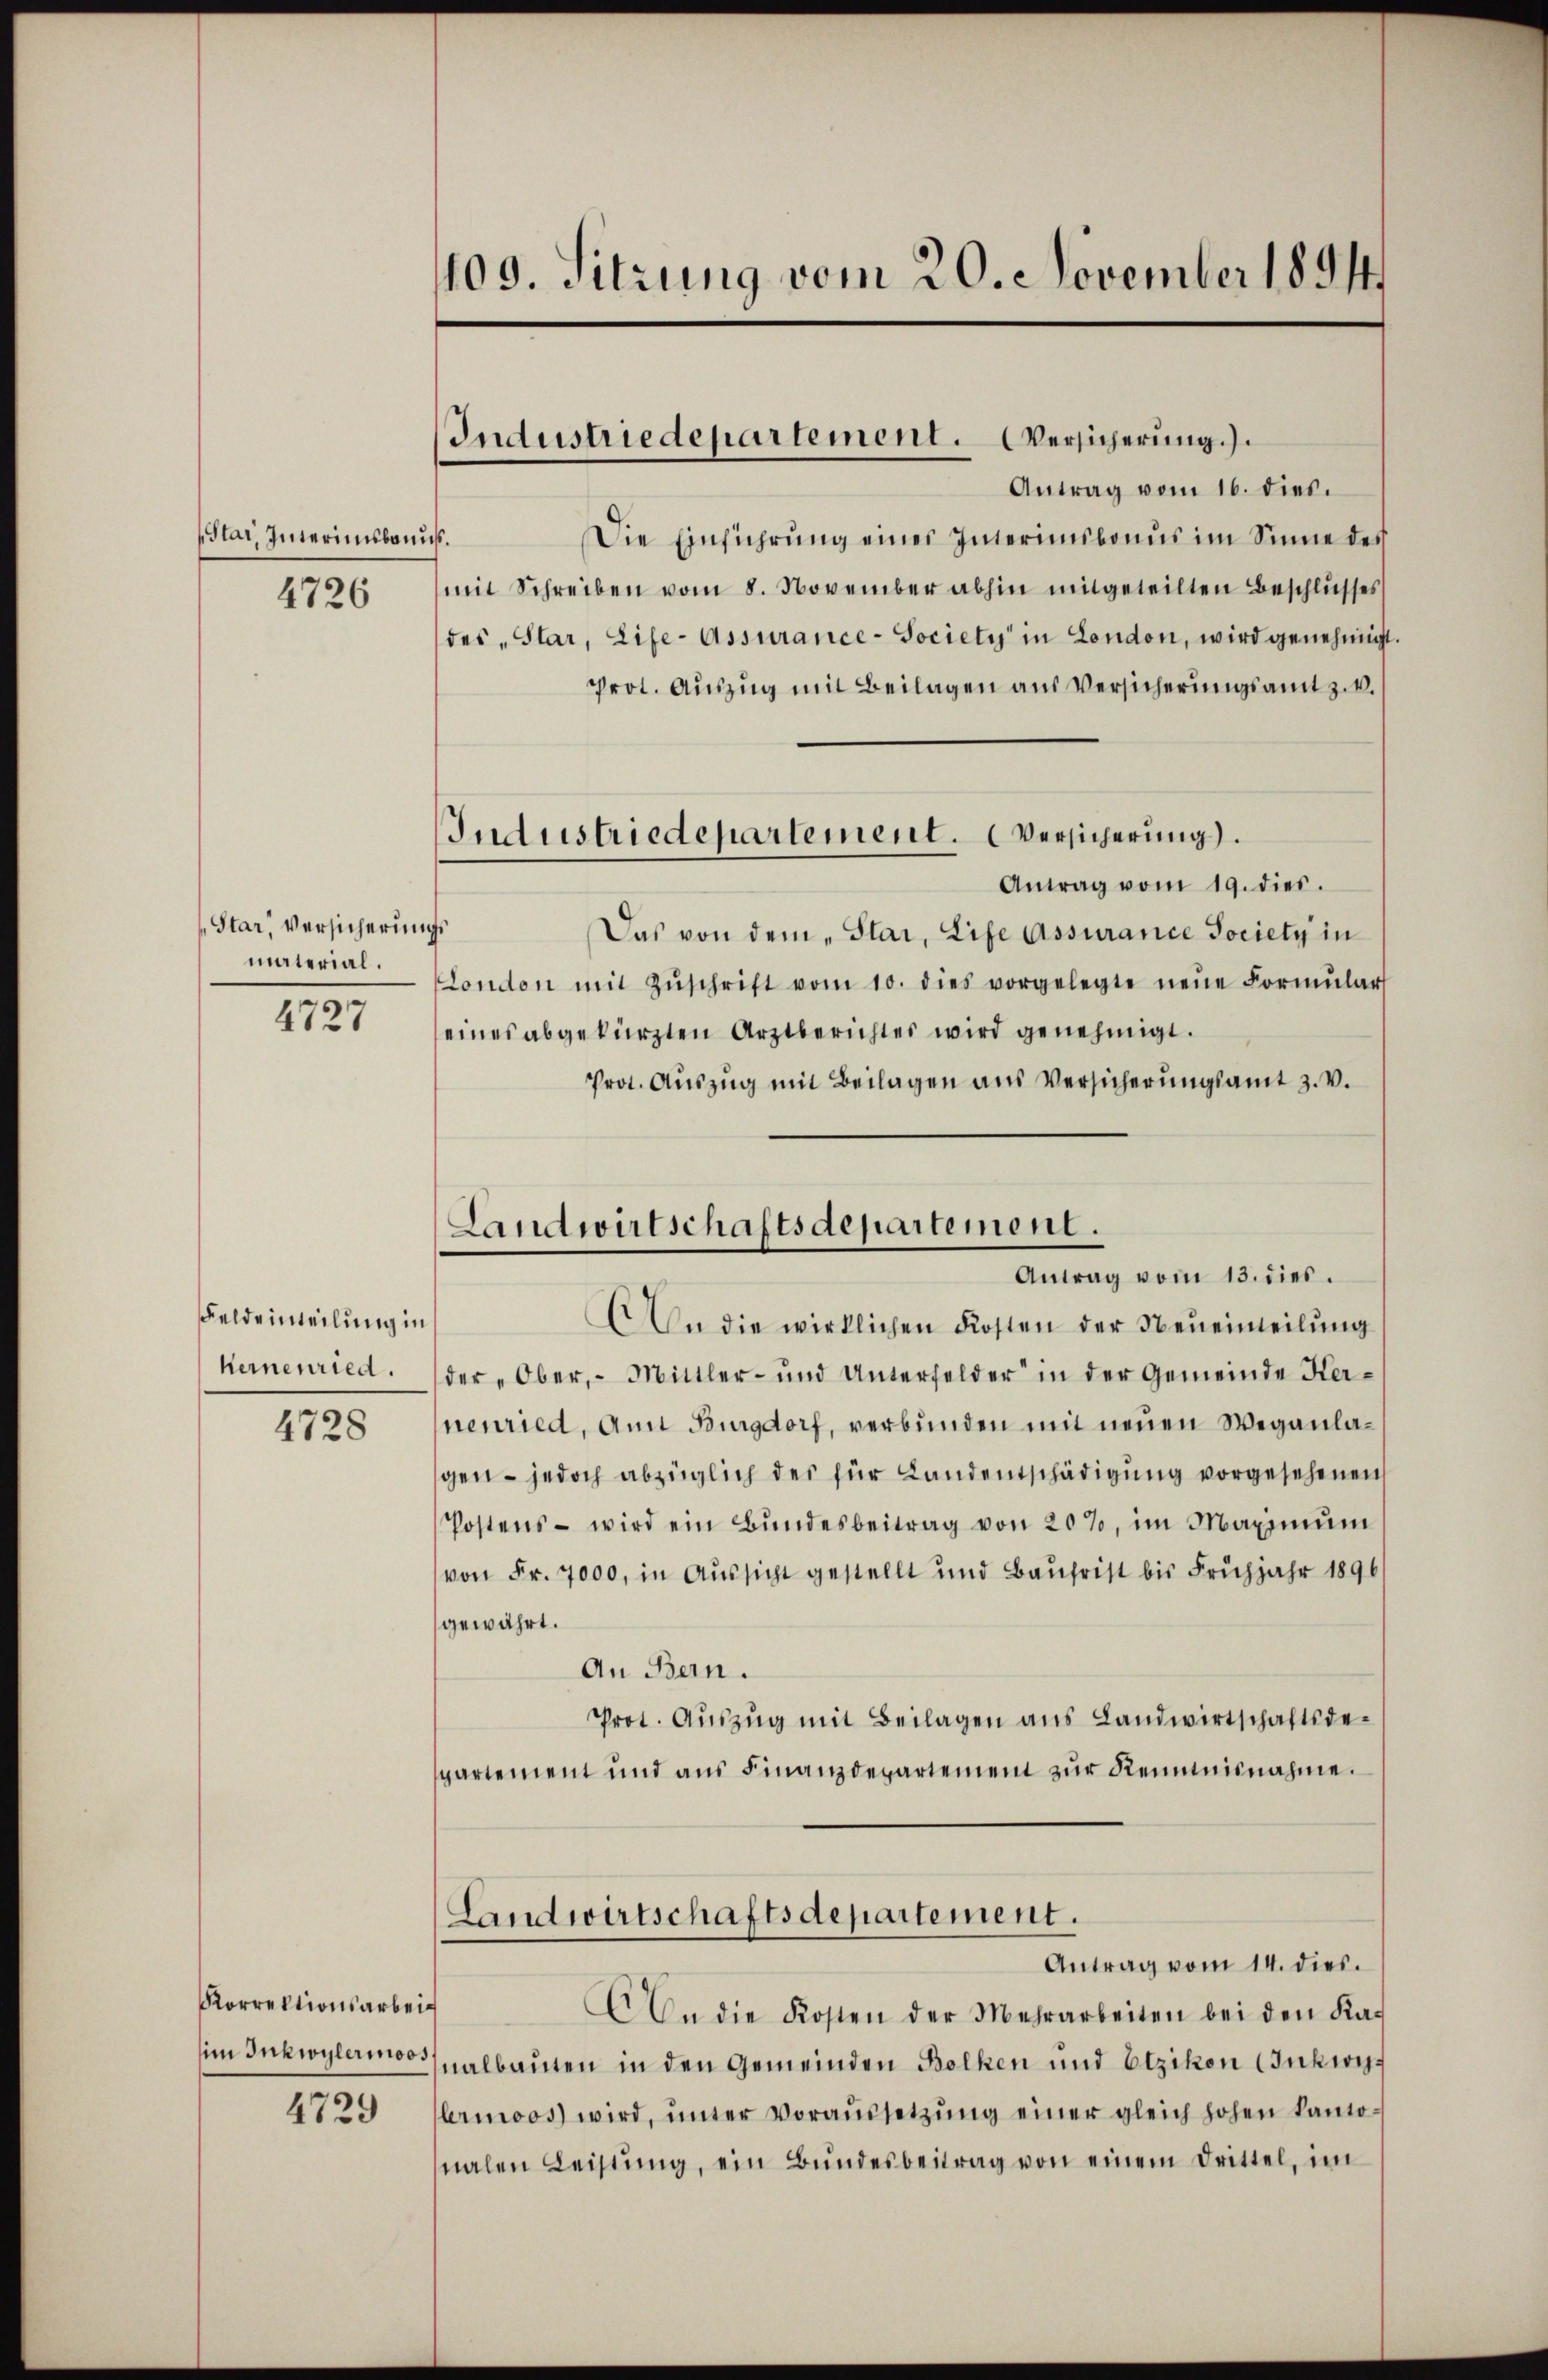
Star, Interimsbanns.
4726

Star Versicherungs
material.

4727

Feldeinteilung in
kerneuried.
4728

Korrektionsarbeit
im Inkwylermoos
4729

109. Sitzung vom 20. November 1891.

Industriedepartement. Versicherung.)

Antrag vom 16. dies.
Die Einführŭng eines Interimibanus im Sinne des
mit Schreiben vom 8. November abhin mitgeteilten Beschlusses
des „Star, Life-Assurance-Society in London, wird genehmigt.
Prot. Auszug mit Beilagen aus Versicherungsamt z. B.
Antrag vom 19. dies.
Das von dem „Star, Life Assurance Society in
London mit Zŭschrift vom 10. dies vorgelegte neŭe Formŭlar
eines abgekürzten Arztberichtes wird genehmigt.
Prot. Auszug mit Beilagen aus Versicherungsamt z. v.
.
AAn die wirklichen Kosten der Neueinteilung
der Ober, - Mittler- und Unterfelder in der Gemeinde Herneuried, Ann Burgdorf, verbunden mit neuen Weganlagen - jedoch abzüglich der für Landentschädigung vorgesehenen
Postens wird ein Bŭndesbeitrag von 20%, im Maximŭm
von Fr. 7000, in Aussicht gestellt und Baŭfrist bis Frühjahr 1896
gewährt.
An Bern.
Prot. Aŭszŭg mit Beilagen ans Landwirtschaftsdespartement und aŭs Finanzdepartement zŭr Reimnisnahme.
Landwirtschaftsdepartement.
Antrag vom 14. dies.
 An die Kosten der Mehrarbeiten bei den Ka-
nalbauten in den Gemeinden Bolken und Etzikon (Inkwylermoos wird, ŭnter Voraŭssetzŭng einer gleich hohen kanto-
nalen Leistŭng, ein Bŭndesbeitrag von einem Drittel, im

Industriedepartement. (Versicherung.

Landwirtschaftsdepartement.
Antrag vom 13. dies.